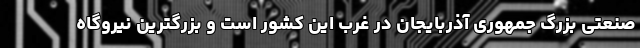
صنعتی بزرگ جمهوری آذربایجان در غرب این کشور است و بزرگترین نیروگاه